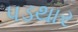
પડથાર